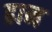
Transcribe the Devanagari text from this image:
ढान